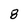
Character: 8